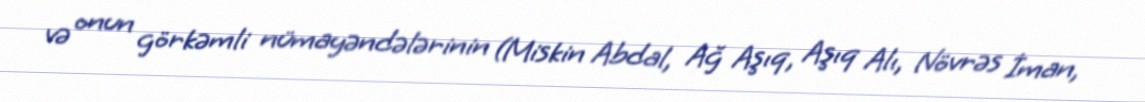
və onun görkəmli nümayəndələrinin (Miskin Abdal, Ağ Aşıq, Aşıq Alı, Növrəs İman,